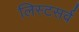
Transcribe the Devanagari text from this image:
लिस्टसर्व